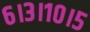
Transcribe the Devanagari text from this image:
६।३।१०।५